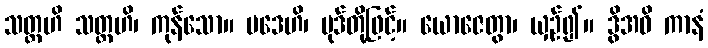
သတ္တဟိ သတ္တဟိ၊ ကုန်သော။ ပဒေဟိ၊ ပုဒ်တို့ဖြင့်။ ယောဇေတွာ၊ ယှဉ်၍။ ဒွိအဓိ ကာနံ